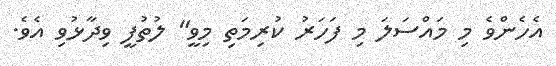
އެހެންވެ މި މައްސަލަ މި ފަހަރު ކުރިމަތި މިވީ" ލުތުފީ ވިދާޅުވި އެވެ.